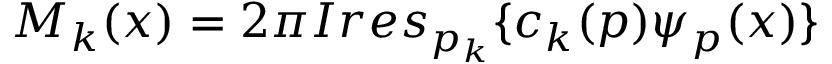
M _ { k } ( x ) = 2 \pi I r e s _ { p _ { k } } \{ c _ { k } ( p ) \psi _ { p } ( x ) \}